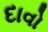
દાવો